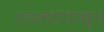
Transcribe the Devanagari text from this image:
उठल्यापासून